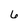
Character: 6